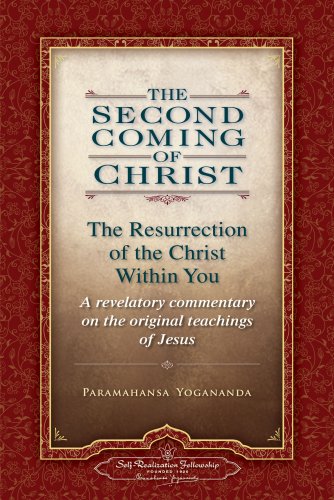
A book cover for The Second Coming of Christ: The Resurrection of the Christ Within You (Self-Realization Fellowship) 2 Volume Set; Paramahansa Yogananda; Christian Books & Bibles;